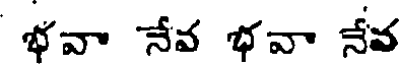
భవా నేవ భవా నేవ